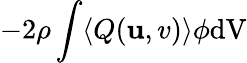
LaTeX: -2\rho\int\langle{Q}(\mathbf{u},v)\rangle\phi\mathrm{{dV}}